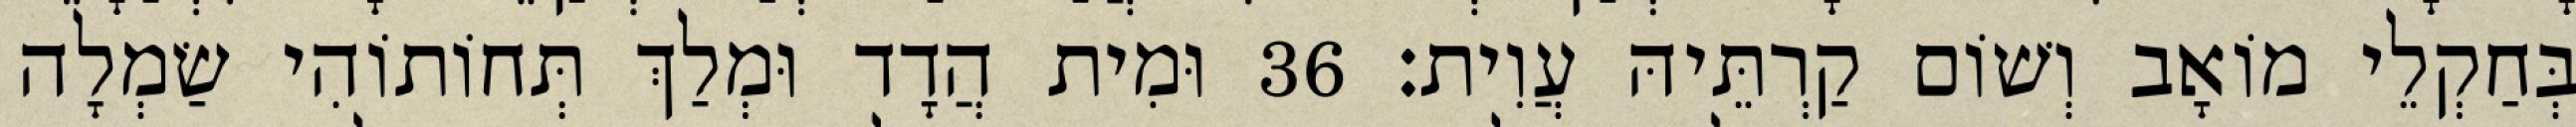
בְּחַקְלֵי מוֹאָב וְשׁוֹם קַרְתֵּיהּ עֲוִית׃ 36 וּמִית הֲדָד וּמְלַךְ תְּחוֹתוֹהִי שַׂמְלָה